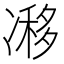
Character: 𠗺